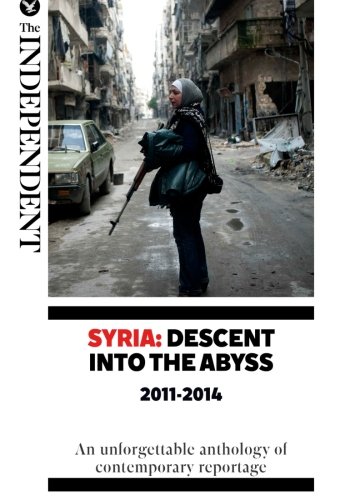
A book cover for Syria: Descent Into The Abyss: An unforgettable anthology of contemporary reportage; Robert Fisk; History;